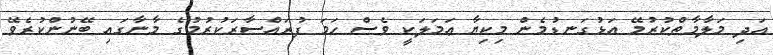
އަދި މަލާމާތްކުރުމޭ އަޅުގަނޑުމެން މިކިޔާ ޢަމަލަކީ ވެސް ހަމަ ފުރައްސާރަކުރުމުގެ މާނާގައި ބޭނުންކުރެވޭ